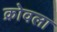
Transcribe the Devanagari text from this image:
क्रोवला